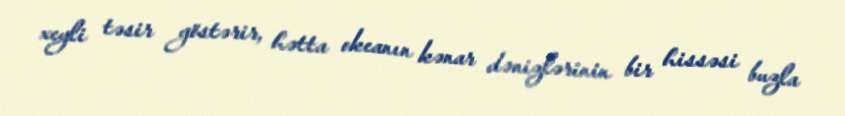
xeyli təsir göstərir, hətta okeanın kənar dənizlərinin bir hissəsi buzla